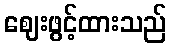
ဈေးဖွင့်ထားသည်